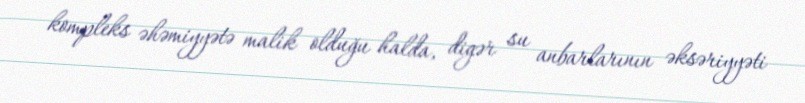
kompleks əhəmiyyətə malik olduğu halda, digər su anbarlarının əksəriyyəti